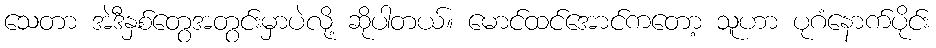
သေတာ အဲဒီနှစ်တွေအတွင်းမှာပဲလို့ ဆိုပါတယ်။ မောင်ထင်အောင်ကတော့ သူဟာ ပုဂံနောက်ပိုင်း